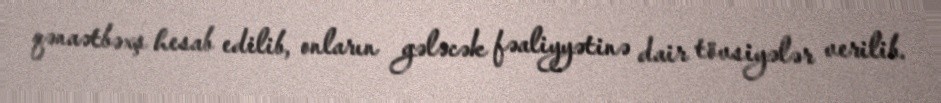
qənaətbəxş hesab edilib, onların gələcək fəaliyyətinə dair tövsiyələr verilib.